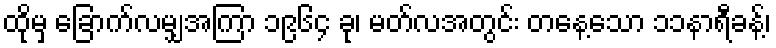
ထိုမှ ခြောက်လမျှအကြာ ၁၉၆၄ ခု၊ မတ်လအတွင်း တနေ့သော ၁၁နာရီခန့်၊